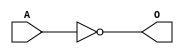
module ACINVC(A, O);
input   A;
output  O;
not g0(O, A);
endmodule